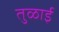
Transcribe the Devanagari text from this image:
तुळाई